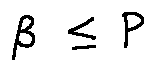
\beta \leq P